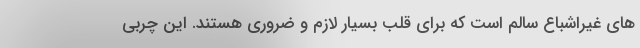
های غیراشباع سالم است که برای قلب بسیار لازم و ضروری هستند. این چربی